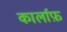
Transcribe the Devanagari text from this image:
कार्लाफ़